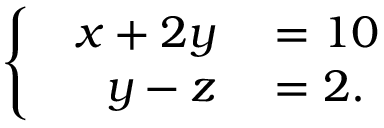
\left\{ \begin{array} { l l } { { \begin{array} { r l } { x + 2 y } & { { } = 1 0 } \\ { y - z } & { { } = 2 . } \end{array} } } \end{array} \right.